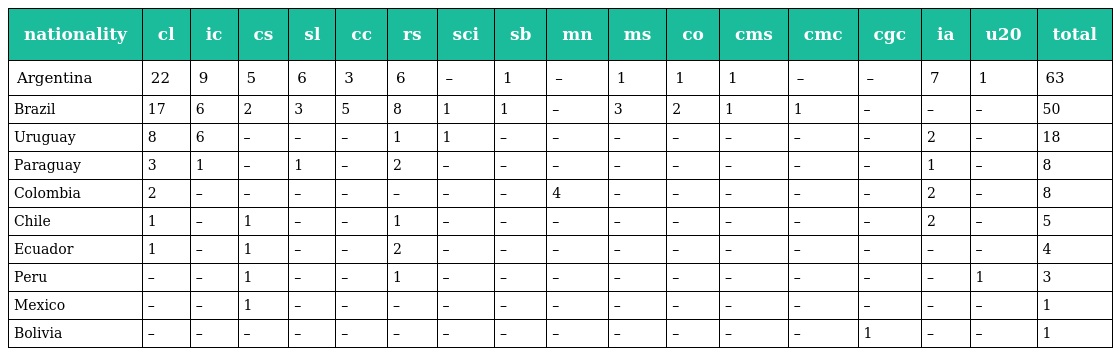
| nationality | cl | ic | cs | sl | cc | rs | sci | sb | mn | ms | co | cms | cmc | cgc | ia | u20 | total |
 | --- | --- | --- | --- | --- | --- | --- | --- | --- | --- | --- | --- | --- | --- | --- | --- | --- | --- |
 | Argentina | 22 | 9 | 5 | 6 | 3 | 6 | – | 1 | – | 1 | 1 | 1 | – | – | 7 | 1 | 63 |
 | Brazil | 17 | 6 | 2 | 3 | 5 | 8 | 1 | 1 | – | 3 | 2 | 1 | 1 | – | – | – | 50 |
 | Uruguay | 8 | 6 | – | – | – | 1 | 1 | – | – | – | – | – | – | – | 2 | – | 18 |
 | Paraguay | 3 | 1 | – | 1 | – | 2 | – | – | – | – | – | – | – | – | 1 | – | 8 |
 | Colombia | 2 | – | – | – | – | – | – | – | 4 | – | – | – | – | – | 2 | – | 8 |
 | Chile | 1 | – | 1 | – | – | 1 | – | – | – | – | – | – | – | – | 2 | – | 5 |
 | Ecuador | 1 | – | 1 | – | – | 2 | – | – | – | – | – | – | – | – | – | – | 4 |
 | Peru | – | – | 1 | – | – | 1 | – | – | – | – | – | – | – | – | – | 1 | 3 |
 | Mexico | – | – | 1 | – | – | – | – | – | – | – | – | – | – | – | – | – | 1 |
 | Bolivia | – | – | – | – | – | – | – | – | – | – | – | – | – | 1 | – | – | 1 |